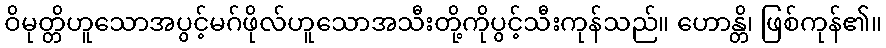
ဝိမုတ္တိဟူသောအပွင့်မဂ်ဖိုလ်ဟူသောအသီးတို့ကိုပွင့်သီးကုန်သည်။ ဟောန္တိ၊ ဖြစ်ကုန်၏။